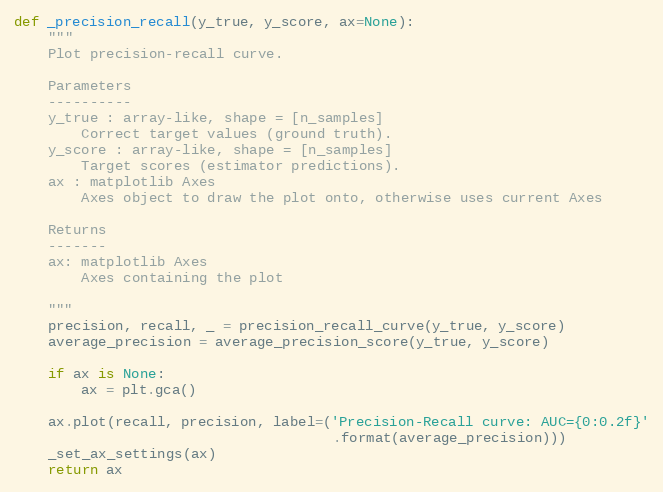
Language: Python
def _precision_recall(y_true, y_score, ax=None):
    """
    Plot precision-recall curve.

    Parameters
    ----------
    y_true : array-like, shape = [n_samples]
        Correct target values (ground truth).
    y_score : array-like, shape = [n_samples]
        Target scores (estimator predictions).
    ax : matplotlib Axes
        Axes object to draw the plot onto, otherwise uses current Axes

    Returns
    -------
    ax: matplotlib Axes
        Axes containing the plot

    """
    precision, recall, _ = precision_recall_curve(y_true, y_score)
    average_precision = average_precision_score(y_true, y_score)

    if ax is None:
        ax = plt.gca()

    ax.plot(recall, precision, label=('Precision-Recall curve: AUC={0:0.2f}'
                                      .format(average_precision)))
    _set_ax_settings(ax)
    return ax